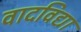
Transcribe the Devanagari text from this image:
वादविद्या